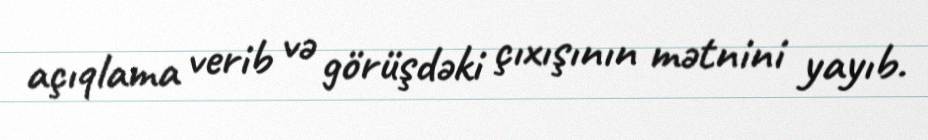
açıqlama verib və görüşdəki çıxışının mətnini yayıb.